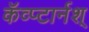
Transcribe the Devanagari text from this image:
कॅव्प्टार्नश्